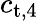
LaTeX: c_{\textup{t},4}